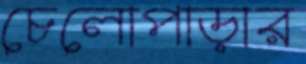
চেলোপাড়ার